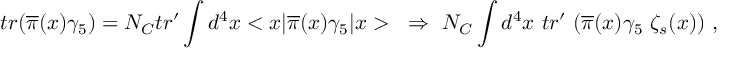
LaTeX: t r ( \overline { { { \pi } } } ( x ) \gamma _ { 5 } ) = N _ { C } t r ^ { \prime } \int d ^ { 4 } x < x | \overline { { { \pi } } } ( x ) \gamma _ { 5 } | x > ~ \Rightarrow ~ N _ { C } \int d ^ { 4 } x ~ t r ^ { \prime } ~ ( \overline { { { \pi } } } ( x ) \gamma _ { 5 } ~ \zeta _ { s } ( x ) ) ~ ,